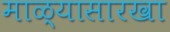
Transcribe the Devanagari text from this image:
माळ्यासारखा